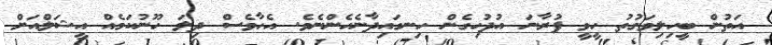
އަތުން ބީހިލިވަގުތު ހީވީ ފުރާނަ އުދުހިގެން ހިނގައިދާނެހެންނެވެ. އެހާވެސް ދިލަ ހޫނުކަމެއް އީޝަލްއަށް